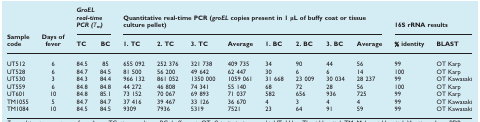
|  |  | <COLSPAN=2> GroEL real-time PCR(Tm) | <COLSPAN=8> Quantitative real-time PCR (groEL copies present in 1 μL of buffy coat or tissue culture pellet) | <COLSPAN=2> 16S rRNA results |
 | Sample code | Days of fever | TC | BC | 1. TC | 2. TC | 3. TC | Average | 1. BC | 2. BC | 3. BC | Average | % identity | BLAST |
 | --- | --- | --- | --- | --- | --- | --- | --- | --- | --- | --- | --- | --- | --- |
 | UT512 | 6 | 84.5 | 85 | 655 092 | 252 376 | 321 738 | 409 735 | 34 | 90 | 44 | 56 | 99 | OT Karp |
 | UT528 | 6 | 84.7 | 84.5 | 81 500 | 56 200 | 49 642 | 62 447 | 30 | 6 | 6 | 14 | 100 | OT Karp |
 | UT530 | 3 | 84.3 | 84.4 | 966 132 | 861 052 | 1350 000 | 1059 061 | 31 668 | 23 009 | 30 034 | 28 237 | 99 | OT Kawasaki |
 | UT559 | 6 | 84.8 | 84.8 | 44 272 | 46 808 | 74 341 | 55 140 | 68 | 72 | 28 | 56 | 100 | OT Karp |
 | UT601 | 10 | 84.8 | 85.1 | 73 152 | 70 067 | 69 893 | 71 037 | 582 | 656 | 936 | 725 | 99 | OT Karp |
 | TM1055 | 5 | 84.7 | 84.7 | 37 416 | 39 467 | 33 126 | 36 670 | 4 | 3 | 4 | 4 | 99 | OT Kawasaki |
 | TM1084 | 10 | 84.5 | 84.5 | 9309 | 7936 | 5319 | 7521 | 23 | 64 | 91 | 59 | 99 | OT Kawasaki |